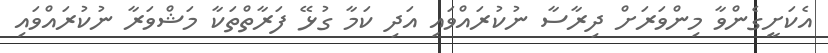
އެކަށީގެންވާ މިންވަރަށް ދިރާސާ ނުކުރައްވައި އަދި ކަމާ ގުޅޭ ފަރާތްތަކާ މަޝްވަރާ ނުކުރައްވައި